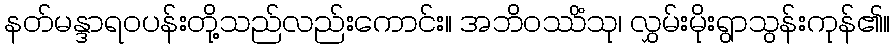
နတ်မန္ဒာရဝပန်းတို့သည်လည်းကောင်း။ အဘိဝဿိံသု၊ လွှမ်းမိုးရွာသွန်းကုန်၏။